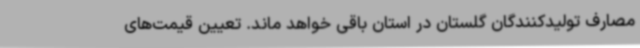
مصارف تولیدکنندگان گلستان در استان باقی خواهد ماند. تعیین قیمت‌های